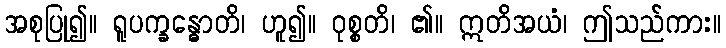
အစုပြု၍။ ရူပက္ခန္ဓောတိ၊ ဟူ၍။ ဝုစ္စတိ၊ ၏။ ဣတိအယံ၊ ဤသည်ကား။